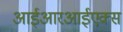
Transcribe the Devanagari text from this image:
आईआरआईएक्स